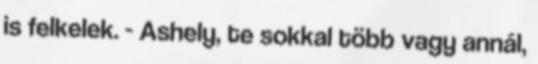
is felkelek. - Ashely, te sokkal több vagy annál,